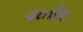
વરતોલ